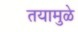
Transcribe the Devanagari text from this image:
तयामुळे